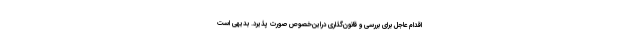
اقدام عاجل برای بررسی و قانون‌گذاری دراین‌خصوص صورت پذیرد. بدیهی است